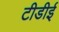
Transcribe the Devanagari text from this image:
टीडीई